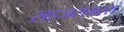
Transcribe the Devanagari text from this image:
सहजसमरसं